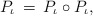
\begin{align*} P_{\iota} \, = \, P_{\iota} \circ P_{\iota} ,\end{align*}